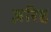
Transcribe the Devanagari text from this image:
ज़रिह